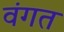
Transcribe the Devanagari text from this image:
वंगत